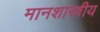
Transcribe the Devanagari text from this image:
मानशास्त्रीय